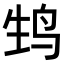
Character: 𬸆